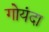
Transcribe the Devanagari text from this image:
गोयंदा